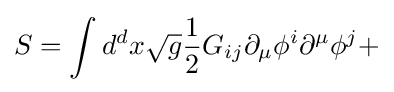
S=\int d^{d}x{\sqrt {g}}{\frac {1}{2}}G_{ij}\partial _{\mu }\phi ^{i}\partial ^{\mu }\phi ^{j}+